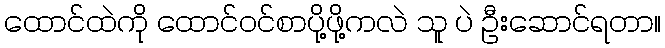
ထောင်ထဲကို ထောင်ဝင်စာပို့ဖို့ကလဲ သူ ပဲ ဦးဆောင်ရတာ။